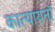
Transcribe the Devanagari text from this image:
कात्यायनों